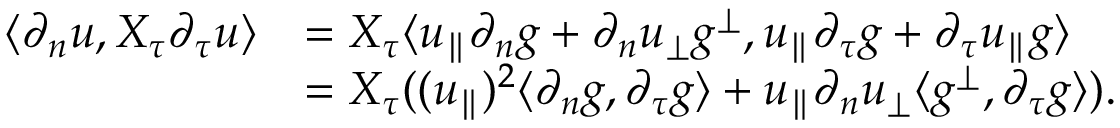
\begin{array} { r l } { \langle \partial _ { n } u , X _ { \tau } \partial _ { \tau } u \rangle } & { = X _ { \tau } \langle u _ { \parallel } \partial _ { n } g + \partial _ { n } u _ { \perp } g ^ { \perp } , u _ { \parallel } \partial _ { \tau } g + \partial _ { \tau } u _ { \parallel } g \rangle } \\ & { = X _ { \tau } ( ( u _ { \parallel } ) ^ { 2 } \langle \partial _ { n } g , \partial _ { \tau } g \rangle + u _ { \parallel } \partial _ { n } u _ { \perp } \langle g ^ { \perp } , \partial _ { \tau } g \rangle ) . } \end{array}